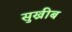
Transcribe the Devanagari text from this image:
सुख्रीब